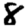
Digit: 8